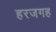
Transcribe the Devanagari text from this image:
हरजगह